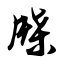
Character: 牒